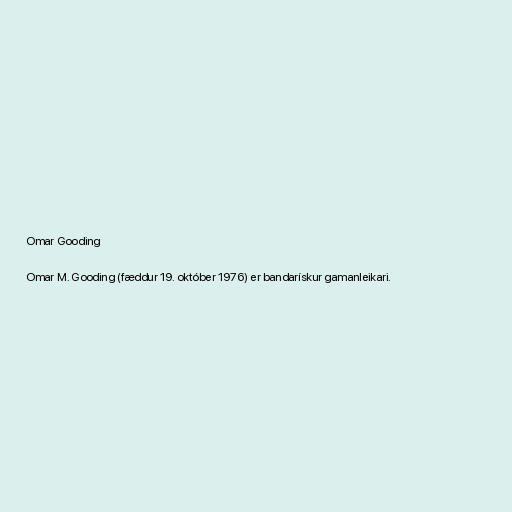
Omar Gooding

Omar M. Gooding (fæddur 19. október 1976) er bandarískur gamanleikari.